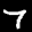
Label: 7